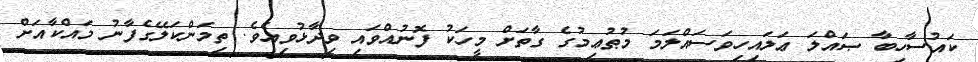
ކައުސާހިބާ ޞައްލަ ޢަލައިހިވަސައްލަމަ މުޠުޢިމުގެ ގާތަށް މީހަކު ފޮނުއްވައި ވިދާޅުވިއެވެ. ތިމަންކަލޭގެފާނު މައްކާއަށް